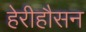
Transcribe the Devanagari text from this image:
हेरीहौसन